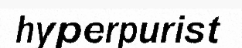
hyperpurist